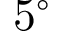
5 ^ { \circ }